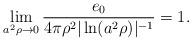
LaTeX: \begin{align*}\lim_{a^2\rho \to 0}\frac{e_0}{4\pi \rho^2|\ln(a^2\rho)|^{-1}} = 1.\end{align*}